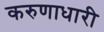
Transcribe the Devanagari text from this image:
करुणाधारी